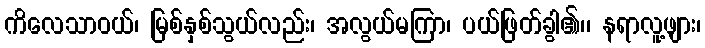
ကိလေသာဝယ်၊ မြစ်နှစ်သွယ်လည်း၊ အလွယ်မကြာ၊ ပယ်ဖြတ်ခွါ၏၊၊ နရာလူ့ဖျား၊